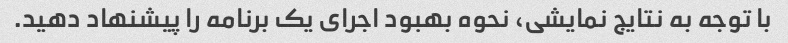
با توجه به نتایج نمایشی، نحوه بهبود اجرای یک برنامه را پیشنهاد دهید.